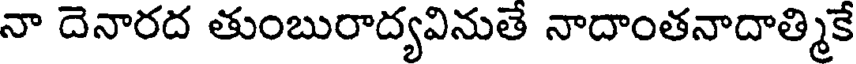
నా దెనారద తుంబురాద్యవినుతే నాదాంతనాదాత్మికే